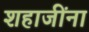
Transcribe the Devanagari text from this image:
शहाजींना